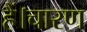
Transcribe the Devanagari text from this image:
हैं।चारण